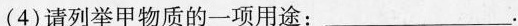
(4)请列举甲物质的一项用途：___ 。